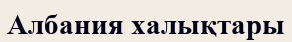
Албания халықтары